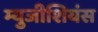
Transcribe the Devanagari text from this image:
म्युजीशियंस